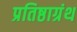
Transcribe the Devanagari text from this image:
प्रतिष्ठाग्रंथ